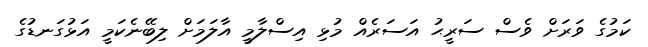
ކަމުގެ ވަރަށް ވެސް ސަރީޙު އަސަރެއް މުޅި އިސްލާމީ އާލަމަށް ލިބޭނެކަމީ އަޅުގަނޑުގެ